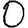
Digit: 0